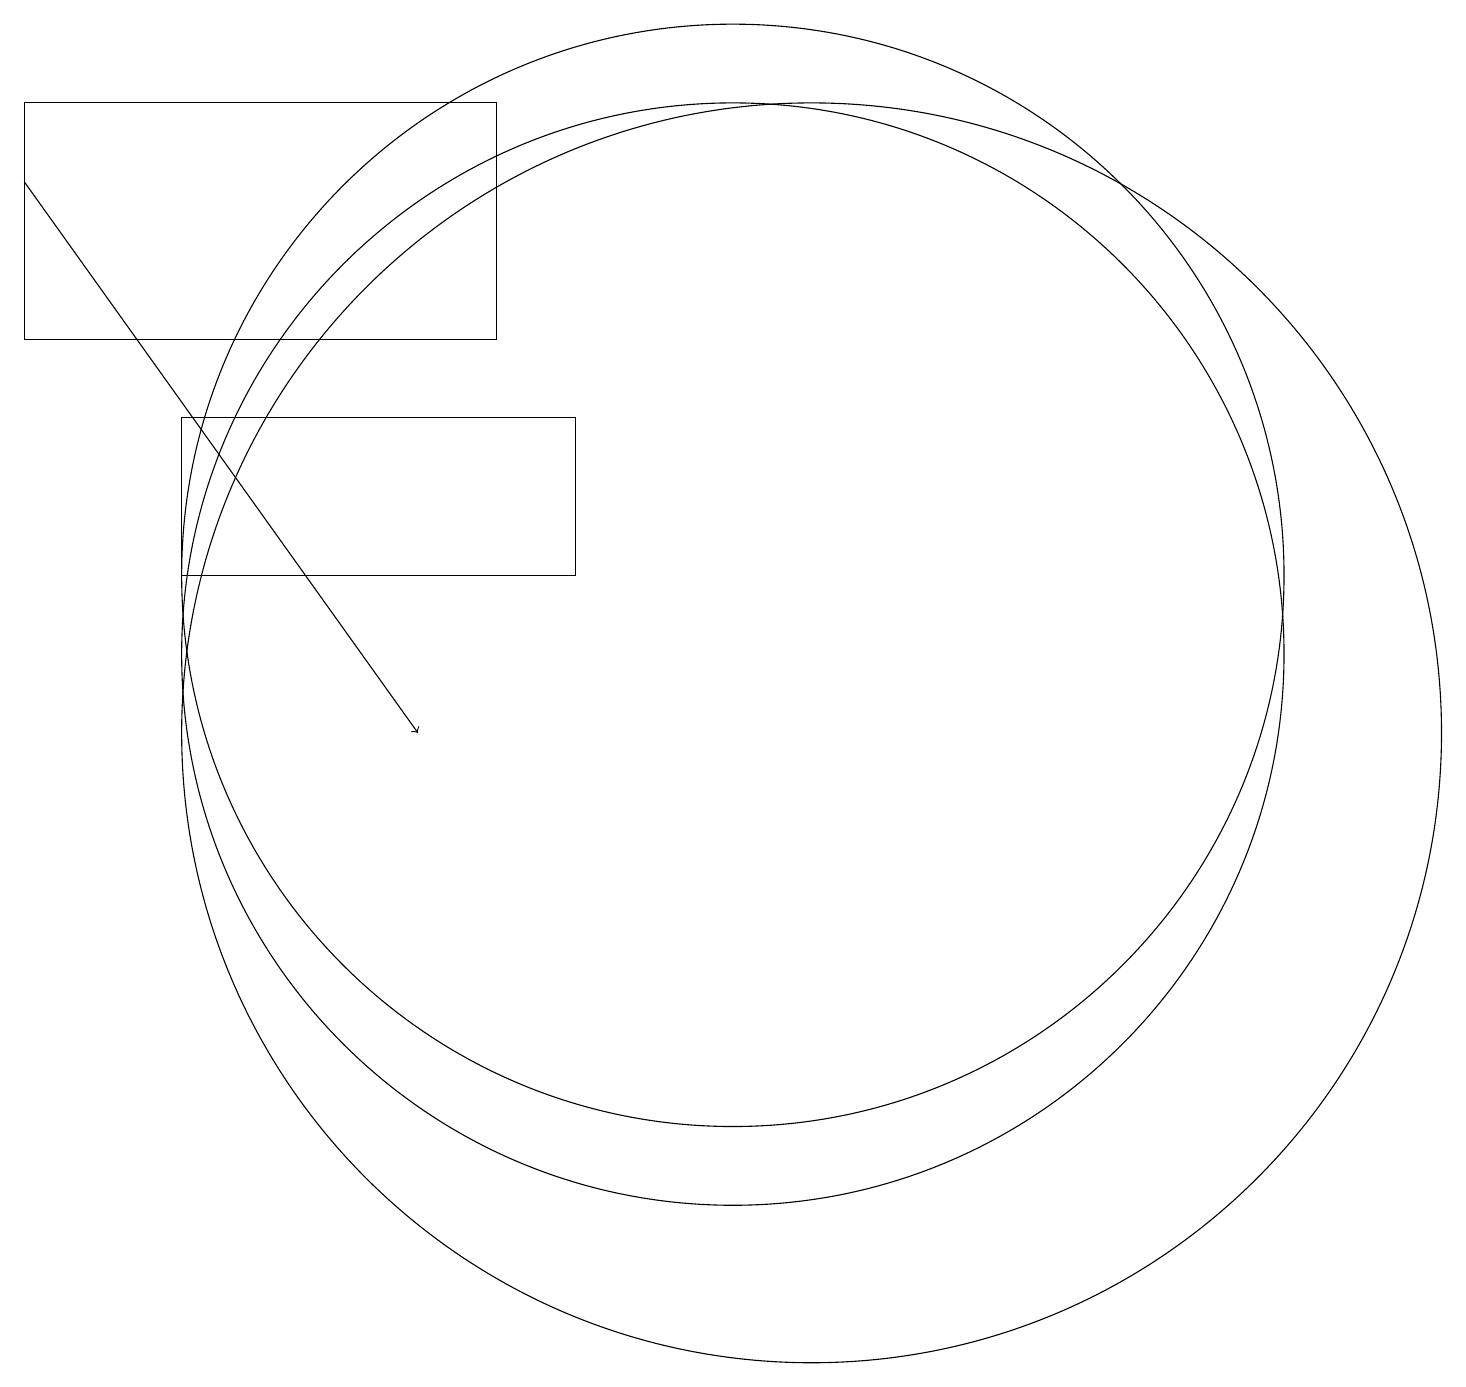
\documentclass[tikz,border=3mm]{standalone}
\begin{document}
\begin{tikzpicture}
\draw[->] (1,17) -- (6,10);
\draw (11,10) circle (8);
\draw (10,12) circle (7);
\draw (1,15) rectangle (7,18);
\draw (8,14) rectangle (3,12);
\draw (10,11) circle (7);
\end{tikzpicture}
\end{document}